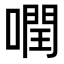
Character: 𠾽